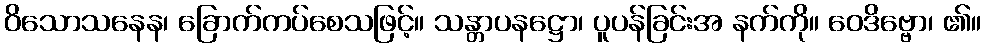
ဝိသောသနေန၊ ခြောက်ကပ်စေသဖြင့်။ သန္တာပနဋ္ဌော၊ ပူပန်ခြင်းအ နက်ကို။ ဝေဒိဗ္ဗော၊ ၏။